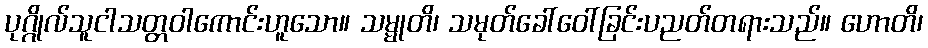
ပုဂ္ဂိုလ်သူငါသတ္တဝါကောင်းဟူသော။ သမ္မုတိ၊ သမုတ်ခေါ်ဝေါ်ခြင်းပညတ်တရားသည်။ ဟောတိ၊